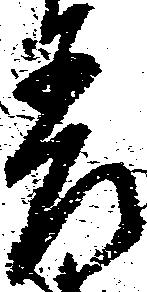
差